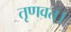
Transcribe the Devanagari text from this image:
तृणवत्।